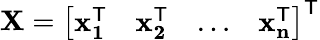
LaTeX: \mathbf{X}={\left[\begin{array}{llll}{\mathbf{x_{1}^{\mathsf{T}}}}&{\mathbf{x_{2}^{\mathsf{T}}}}&{\dots}&{\mathbf{x_{n}^{\mathsf{T}}}}\end{array}\right]}^{\mathsf{T}}